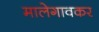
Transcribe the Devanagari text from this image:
मालेगावकर